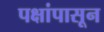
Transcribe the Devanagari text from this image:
पक्षांपासून